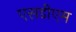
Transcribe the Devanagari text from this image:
एसडीएम